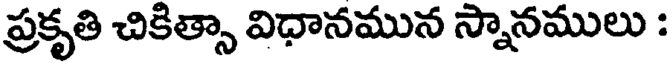
ప్రకృతి చికిత్సా విధానమున స్నానములు :